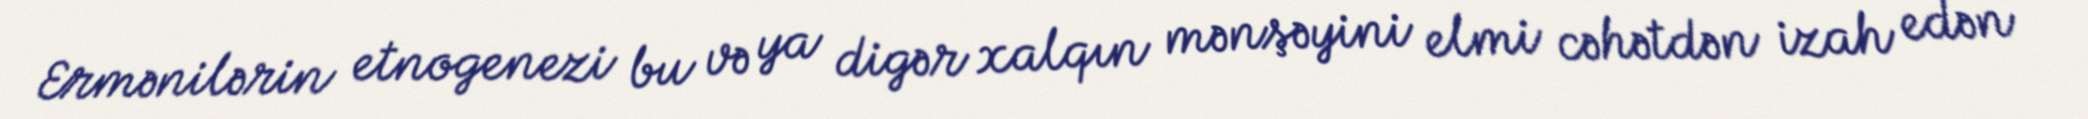
Ermənilərin etnogenezi bu və ya digər xalqın mənşəyini elmi cəhətdən izah edən